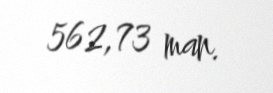
562,73 man.